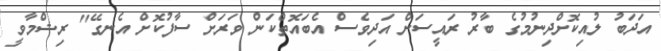
އަދަބު ލުއިކޮށްދިނުމުގެ ބާރު ރައީސަށް އަދިވެސް އެބައޮތްކަން ވަރަށް ސާފުކޮށް އެނގޭ" ރިޝްމާވީ